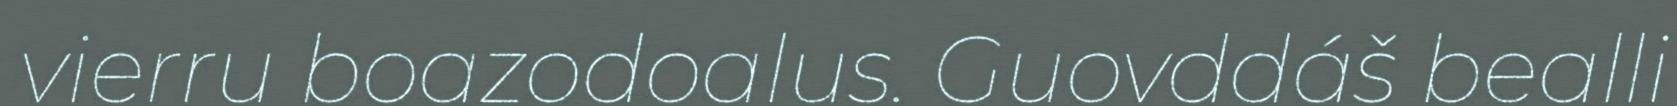
vierru boazodoalus. Guovddáš bealli